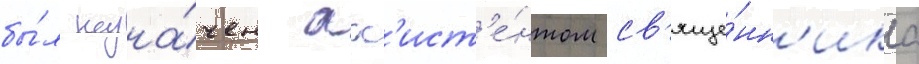
бы́л назна́чен асс'ист'е́нтом св'яще́нн'ика